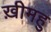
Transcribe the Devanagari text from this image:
ख़ीमहु